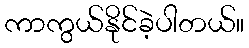
ကာကွယ်နိုင်ခဲ့ပါတယ်။